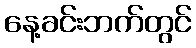
နေ့ခင်းဘက်တွင်